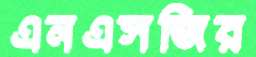
এনএসজির